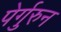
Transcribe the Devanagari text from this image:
पेर्गुरुन